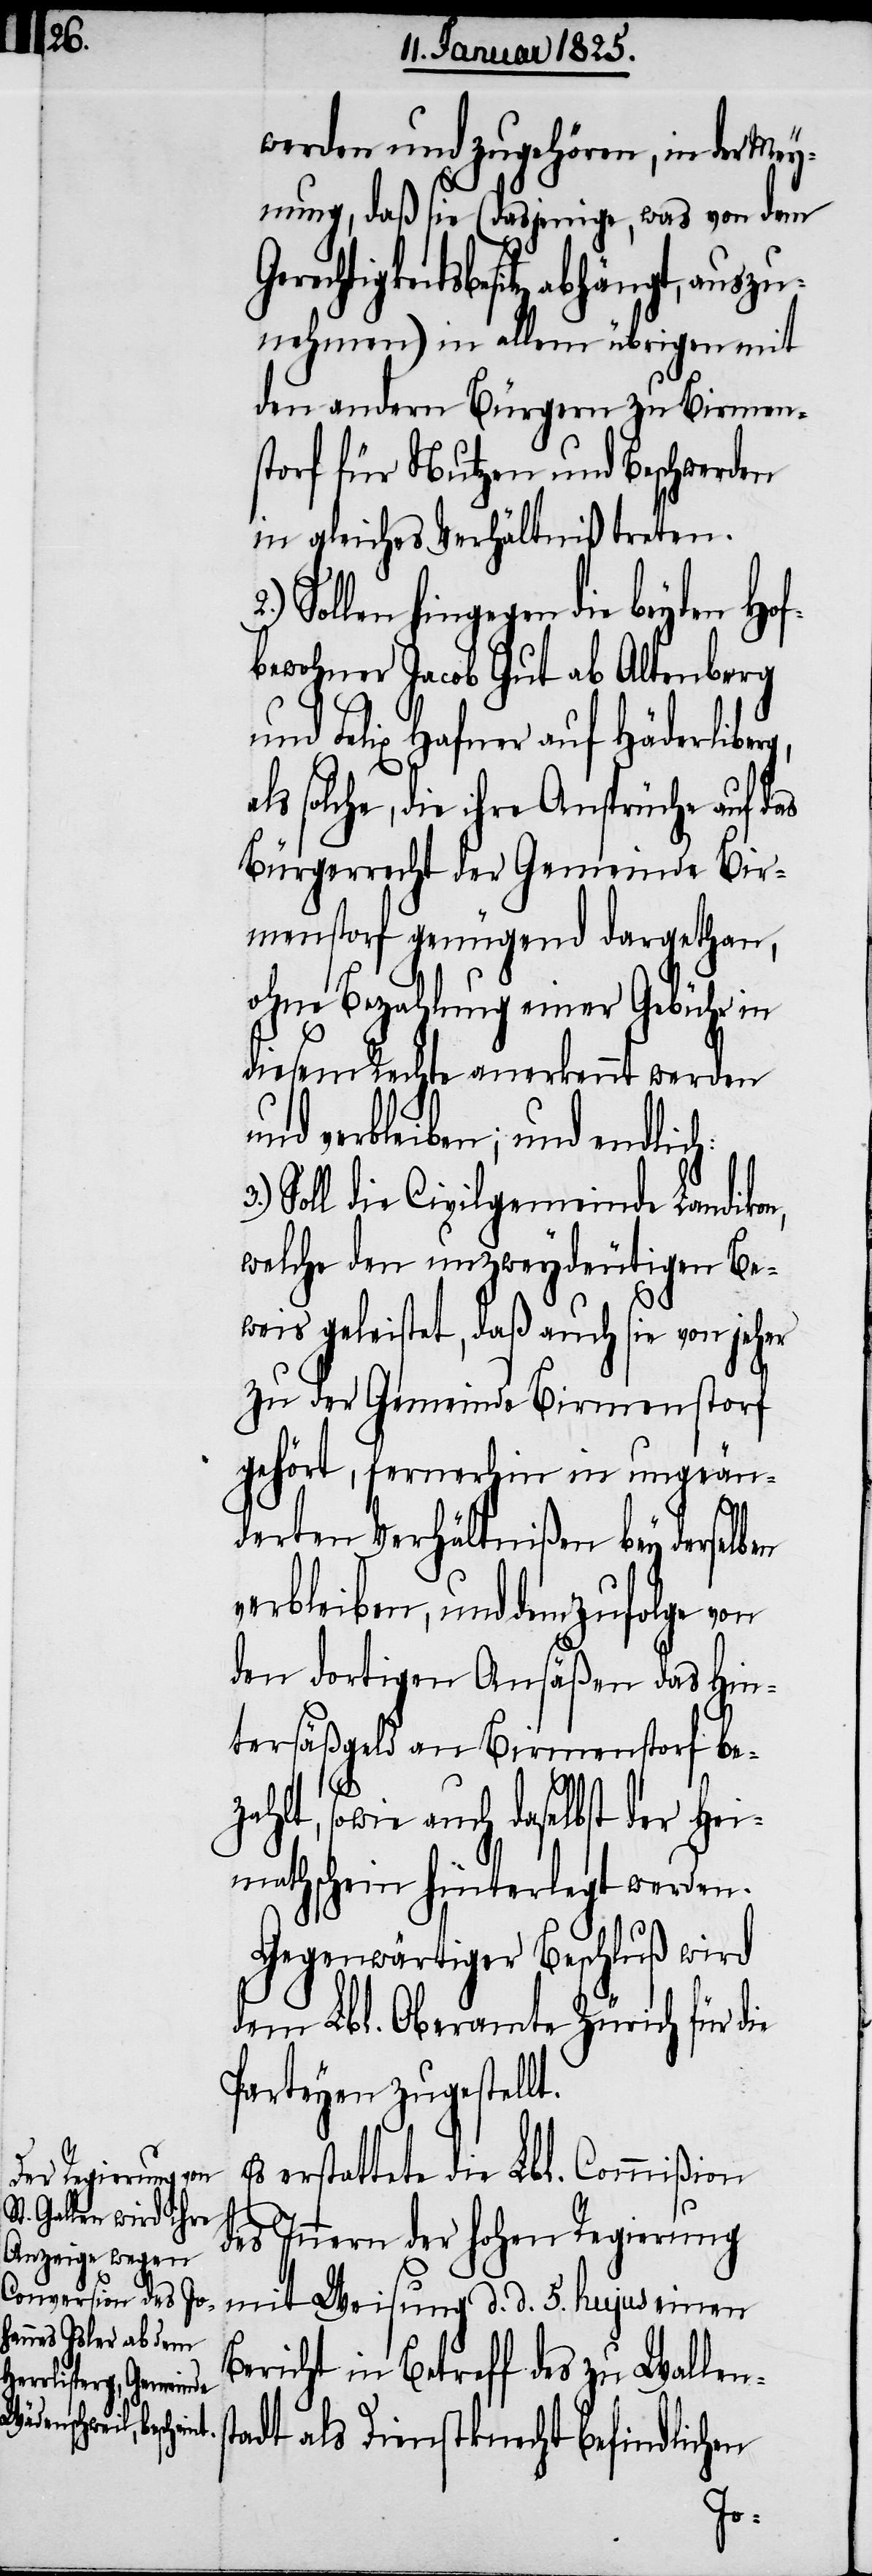
werden und zugehören, in der Mey¬
nung, daß sie (dasjenige, was von dem
rechtigkeitsbesitz abhängt, auszu¬
nehmen) in allem übrigen mit
den andern Bürgern zu Birmen¬
storf für Nutzen und Beschwerden
in gleiches Verhältniß treten.
Sollen hingegen die beyden Ho¬
bewohner Jacob Gut ab Altenberg
und Felix Hafner auf Häderliber¬
solche, die ihre Ansprüche auf das
Bürgerrecht der Gemeinde Bir¬
menstorf genügend dargethan,
ohne Bezahlung einer Gebühr in
diesem Rechte anerkennt werden
und verbleiben; und endlic¬
Soll die Civilgemeinde Landiko¬
welche den unzweydeutigen Be¬
weis geleistet, daß auch sie von jeher
zu der Gemeinde Birmenstorf
gehört, fernerhin in ungeän¬
derten Verhältnißen bey derselben
verbleiben, und demzufolge von
den dortigen Ansäßen das Hin¬
tersäßgeld an Birmenstorf be¬
zahlt, sowie auch daselbst der Hei¬
mathschein hinterlegt werden.
Gegenwärtiger Beschluß wird
dem Lbl. Oberamte Zürich für die
Parteyen zugestellt.
erstattete die Lbl. Commißion
des Innern der hohen Regierung
mit Weisung d. d. 5. hujus einen
Bericht in Betreff des zu Wallens¬
tadt als Dienstknecht befindlichen
n,